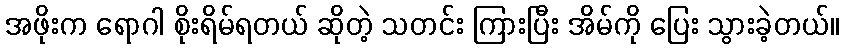
အဖိုးက ရောဂါ စိုးရိမ်ရတယ် ဆိုတဲ့ သတင်း ကြားပြီး အိမ်ကို ပြေး သွားခဲ့တယ်။